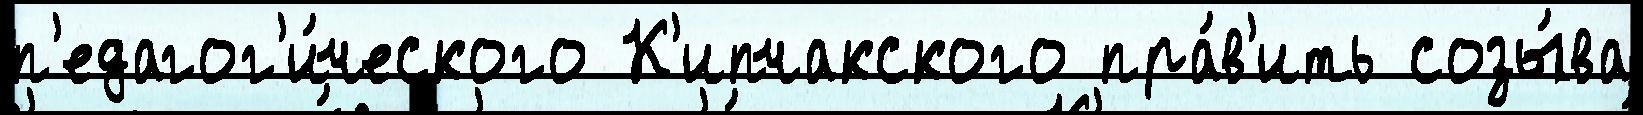
п'едагог'и́ческого К'ипчакского пра́в'ить созы́ва